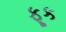
ફૂક